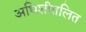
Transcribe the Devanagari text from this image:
अधिशीतलित